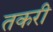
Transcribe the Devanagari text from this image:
तकरी